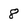
Character: 8